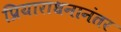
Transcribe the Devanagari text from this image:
प्रियाराधनानंतर